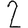
Digit: 2